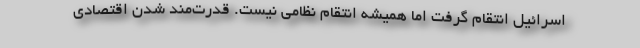
اسرائیل انتقام گرفت اما همیشه انتقام نظامی نیست. قدرت‌مند شدن اقتصادی